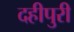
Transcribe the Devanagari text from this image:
दहीपुरी